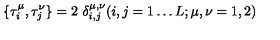
\{ \tau _ { i } ^ { \mu } , \tau _ { j } ^ { \nu } \} = 2 \ \delta _ { i , j } ^ { \mu , \nu } ( i , j = 1 \ldots L ; \mu , \nu = 1 , 2 )